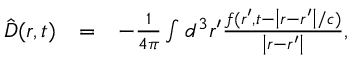
\begin{array} { r l r } { { \hat { \boldsymbol D } } ( \boldsymbol r , t ) } & { = } & { - \frac { 1 } { 4 \pi } \int d ^ { 3 } \boldsymbol r ^ { \prime } \frac { \boldsymbol f ( \boldsymbol r ^ { \prime } , t - \left| \boldsymbol r - \boldsymbol r ^ { \prime } \right| / c ) } { \left| \boldsymbol r - \boldsymbol r ^ { \prime } \right| } , } \end{array}